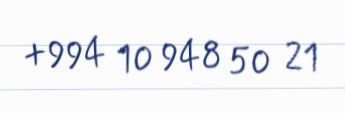
+994 10 948 50 21